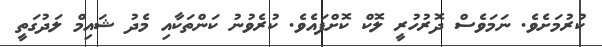
ކުރުމަށެވެ. ނަމަވެސް ދޮރުހުރީ ލޮކް ކޮށްފައެވެ. ކުރެވުނު ކަންތަކާއި މެދު ޝައިމް ލަދުގަތީ